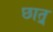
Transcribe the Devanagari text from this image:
छात्र्